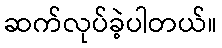
ဆက်လုပ်ခဲ့ပါတယ်။